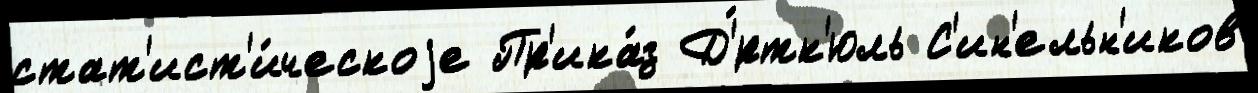
стат'ист'и́ческоjе Пр'ика́з Д'́ртк'юль С'ин'ельн'иков